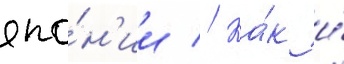
япо́н'ии // Ка́к и́